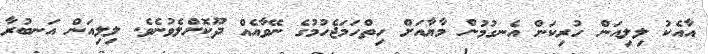
އާއެކު ލިލިއަން ހުރިކަން އެނގުމުން މާޔާއަށް ހިތްހަމަޖެހުމުގެ ނޭވާއެއްް ދޫކޮށްލެވުނެވެ. ލިލިއަން އަނބުރާ